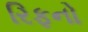
રિફનો